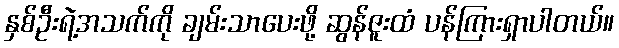
နှစ်ဦးရဲ့အသက်ကို ချမ်းသာပေးဖို့ ဆွန်ဇူးထံ ပန်ကြားရှာပါတယ်။